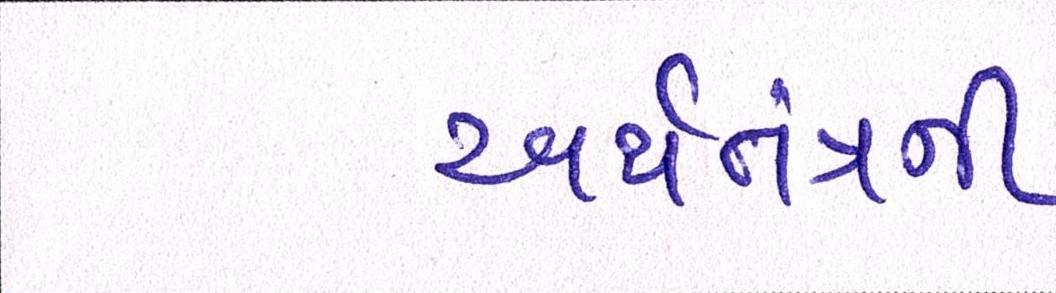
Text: અર્થતંત્રની